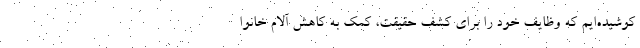
کوشیده‌ایم که وظایف خود را برای کشف حقیقت، کمک به کاهش آلام خانوا